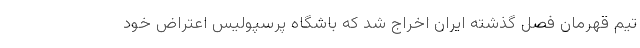
تیم قهرمان فصل گذشته ایران اخراج شد که باشگاه پرسپولیس اعتراض خود